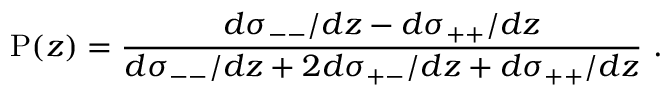
\mathrm { P } ( z ) = \frac { d \sigma _ { -- } / d z - d \sigma _ { + + } / d z } { d \sigma _ { -- } / d z + 2 d \sigma _ { + - } / d z + d \sigma _ { + + } / d z } \, \, .